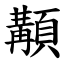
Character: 顜